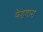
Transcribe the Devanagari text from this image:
फेडणारा